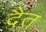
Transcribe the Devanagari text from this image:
दैत